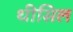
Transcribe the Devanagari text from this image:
थीसिल